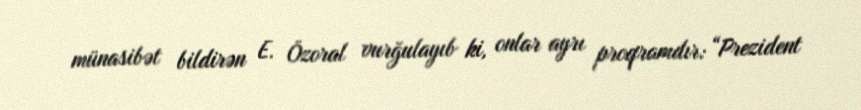
münasibət bildirən E. Özoral vurğulayıb ki, onlar ayrı proqramdır: “Prezident